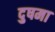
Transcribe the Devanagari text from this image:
दुषमा